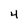
Character: 4